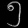
Digit: ၅